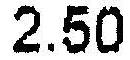
2.50